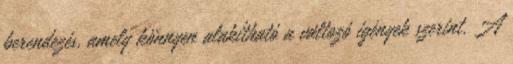
berendezés, amely könnyen alakítható a változó igények szerint. A